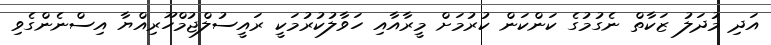
އަދި މުދަލު ޒަކާތް ނެގުމުގެ ކަންކަން ކުރުމަށް މީރާއާއި ހަވާލުކުރުމަކީ ރައީސުލްޖުމްހޫރިއްޔާ އިސްނެންގެވި